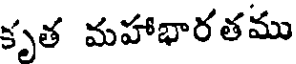
కృత మహాభారతము